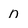
Character: n